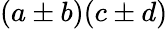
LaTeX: (a\pm b)(c\pm d)